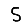
Digit: 5